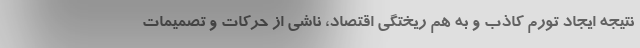
نتیجه ایجاد تورم کاذب و به هم ریختگی اقتصاد، ناشی از حرکات و تصمیمات